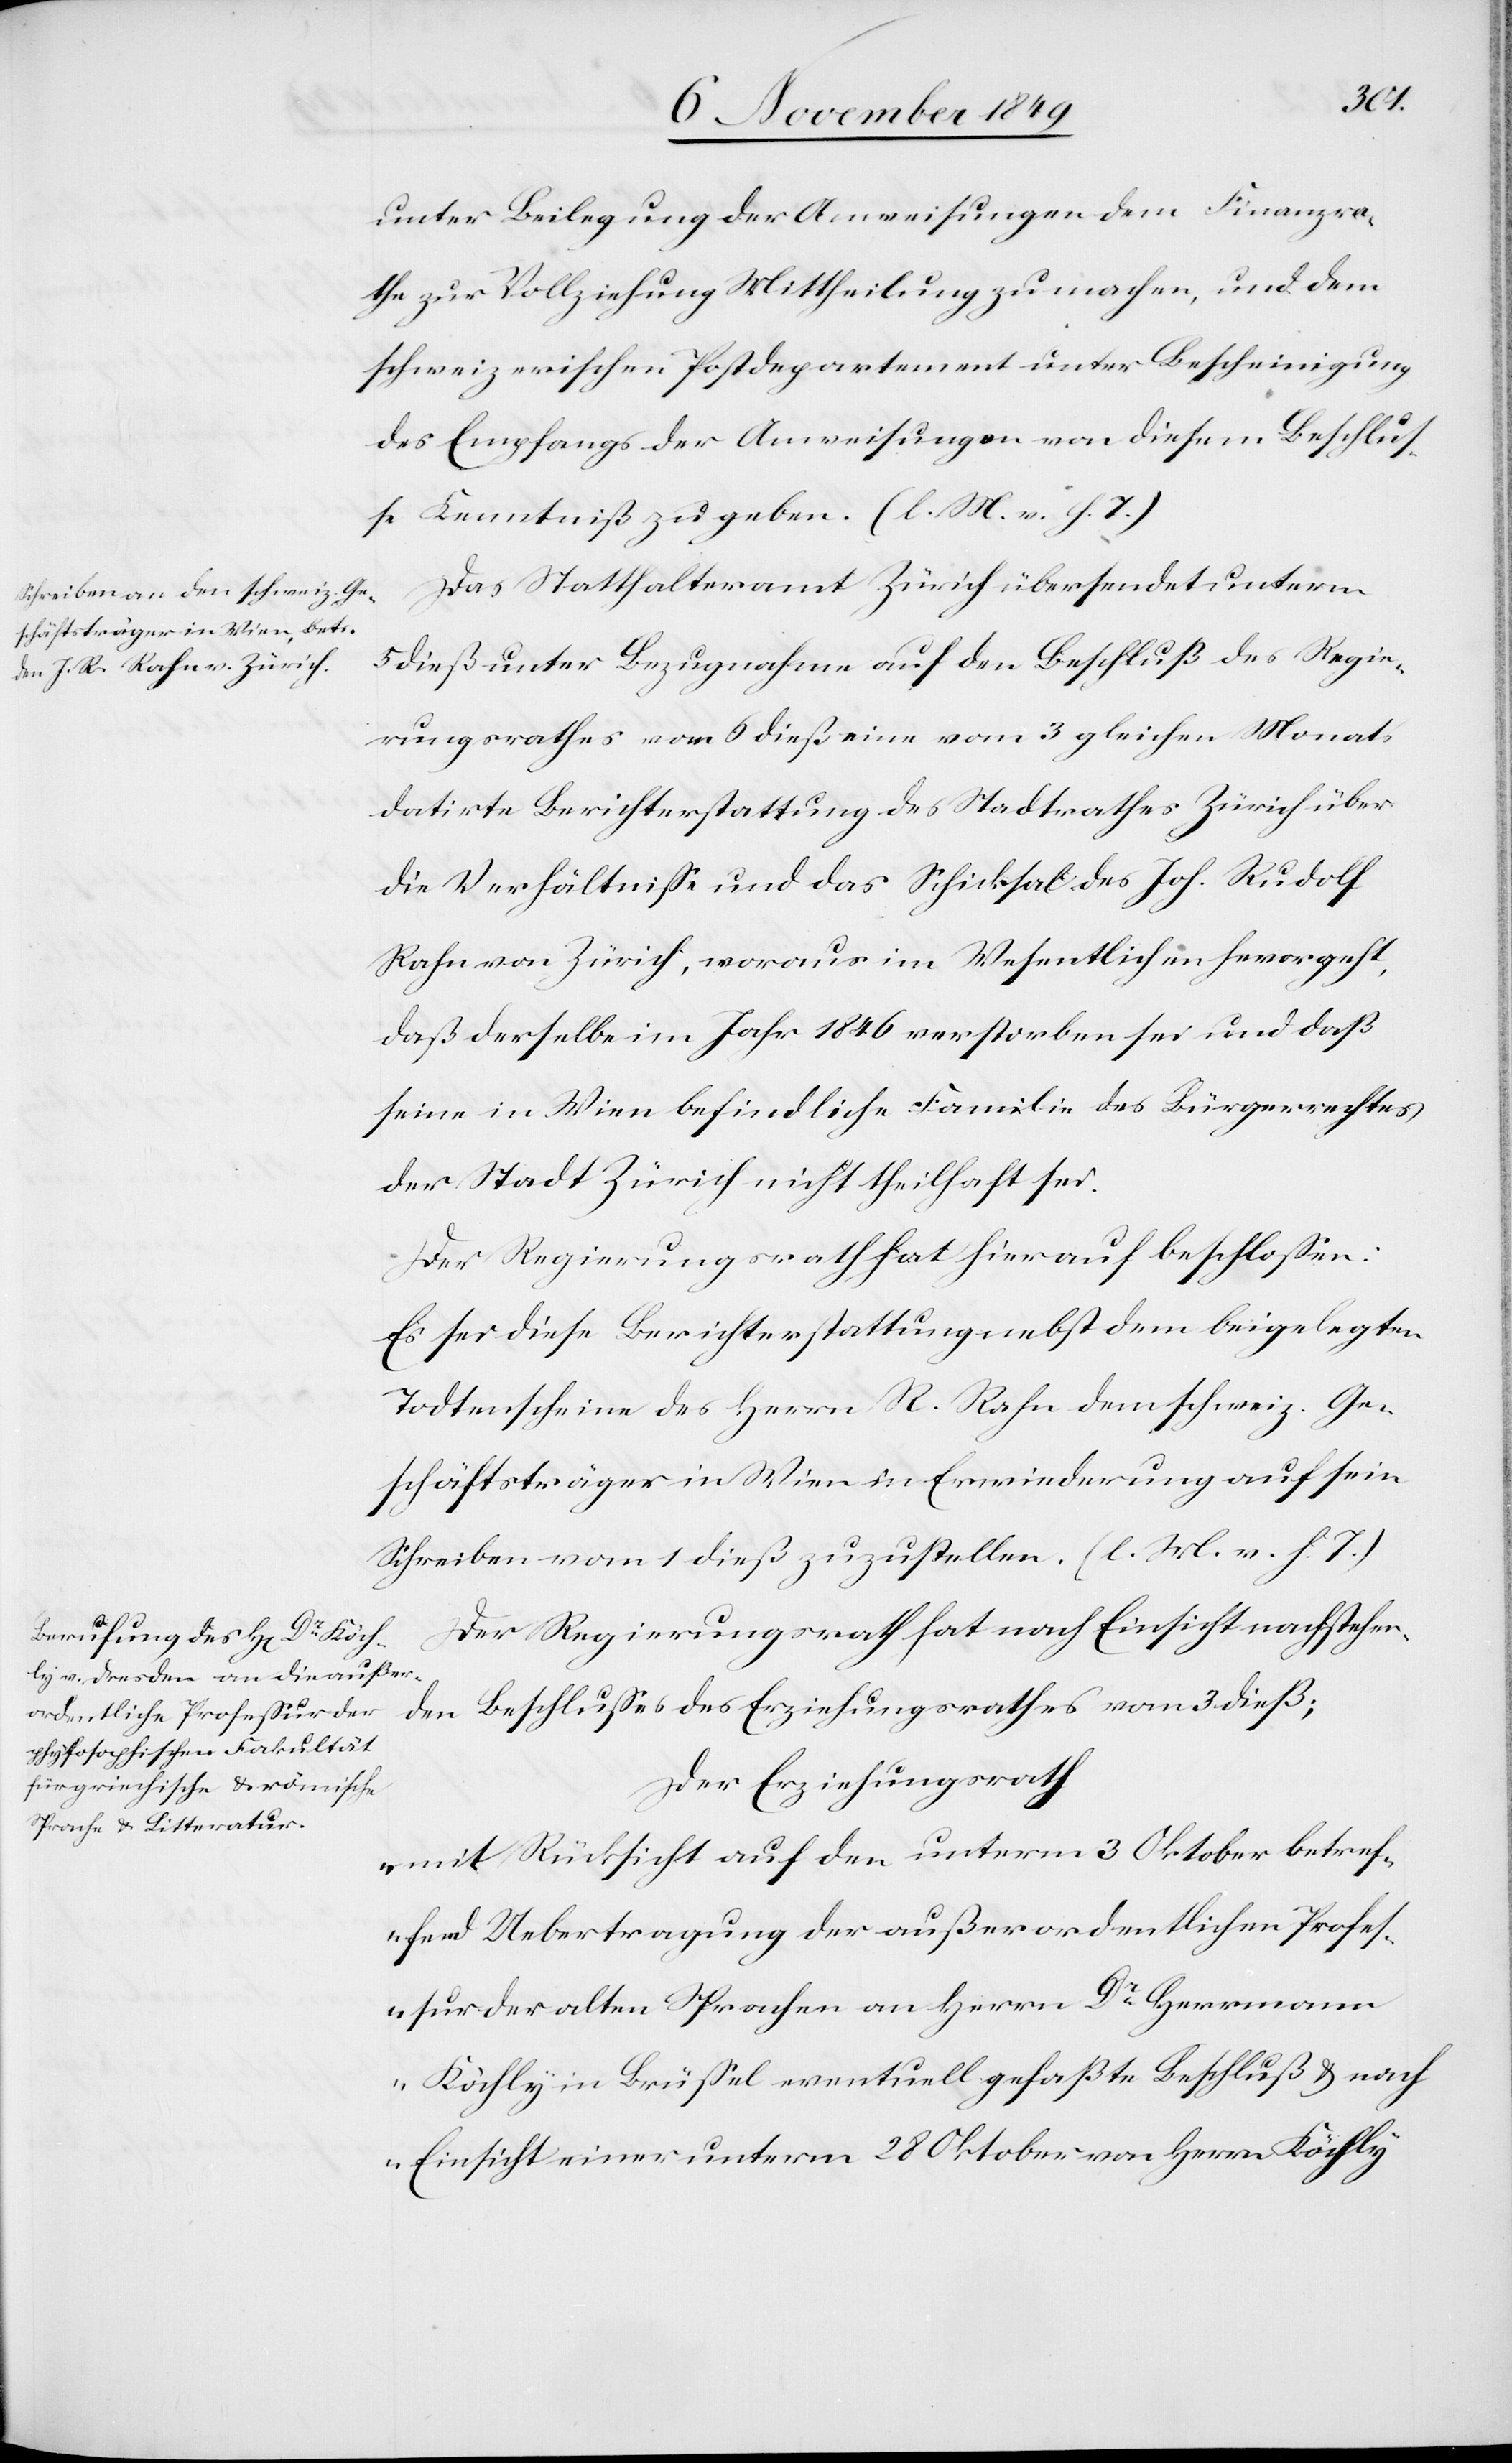
unter Beilegung der Ausweisungen dem Finanzra¬
the zur Vollziehung Mittheilung zu machen, und dem
schweizerischen Postdepartement unter Bescheinigung
des Empfangs der Ausweisungen von diesem Beschlu¬
ße Kenntniß zu geben. [l. M. v. h. T]
Das Statthalteramt Zürich übersendet unterm
5 dieß unter Bezugnahme auf den Beschluß des Regie¬
rungsrathes vom 6 dieß eine vom 3 gleichen Monats
datirte Berichterstattung des Stadtrathes Zürich über
die Verhältniße und das Schicksal des Joh. Rudolf
Rahn von Zürich, woraus im Wesentlichen hervorgeht,
daß derselbe im Jahr 1846 verstorben sei und daß
seine in Wien befindliche Familie des Bürgerrechtes
der Stadt Zürich nicht theilhaft sei.
Der Regierungsrath hat hierauf beschloßen:
Es sei diese Berichterstattung nebst dem beigelegten
Todtenscheine des Herrn R. Rahn dem schweiz. Ge¬
schäftsträger in Wien in Erwiederung auf sein
Schreiben vom 1 dieß zuzustellen. [l. M. v. h. T]
Der Regierungsrath hat nach Einsicht nachstehen¬
den Beschluß des Erziehungsrathes vom 3 dieß;
Der Erziehungsrath
„mit Rücksicht auf den unterm 3 Oktober betref¬
fend Uebertragung der außerordentlichen Profeß¬
ur der alten Sprachen an Herrn Dr Herrmann
Köchly in Brüßel eventuell gefaßte Beschluß u. nach
Einsicht einer unterm 28 Oktober von Herrn Köchly